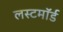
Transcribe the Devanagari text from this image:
लस्टमॉर्ड